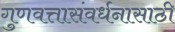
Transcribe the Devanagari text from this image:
गुणवत्तासंवर्धनासाठी